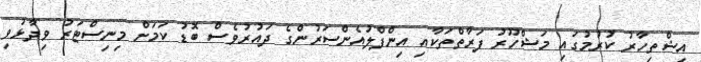
އިޝްތިހާރު ކުރުމުގައި މަޝްހޫރު ފަރާތްތަކާއި އިންފްލުއެންސަރުންގެ ދައުރުވެސް ބޮޑު ކަމަށް މިނިސްޓަރު ވިދާޅުވި